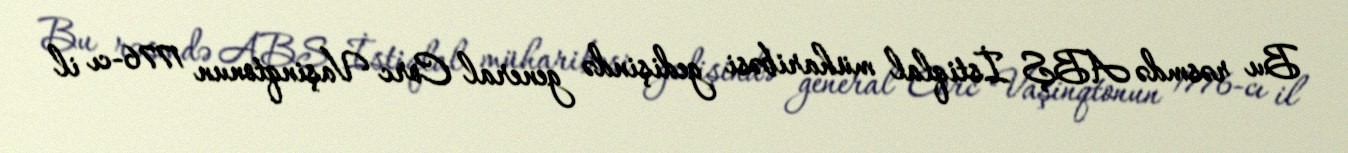
Bu rəsmdə ABŞ İstiqlal müharibəsi gedişində general Corc Vaşinqtonun 1776-cı il